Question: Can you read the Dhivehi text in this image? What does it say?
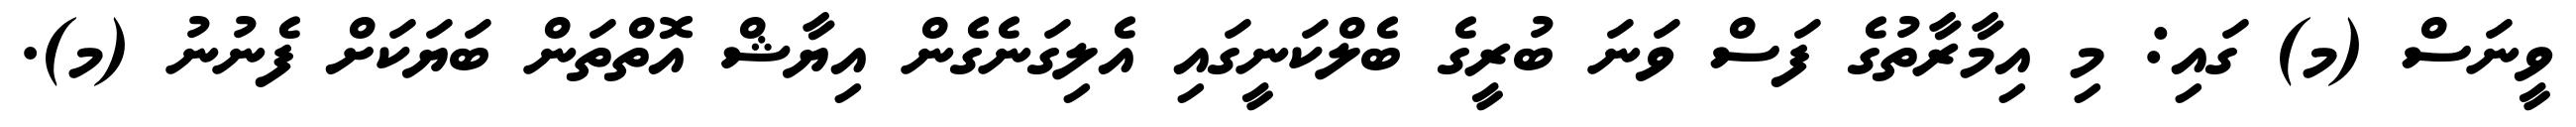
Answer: ވީނަސް (މ) ގައި: މި އިމާރާތުގެ ފަސް ވަނަ ބުރީގެ ބެލްކަނީގައި އެލިގަނެގެން އިޔާޝް އޮތްތަން ބަޔަކަށް ފެނުނު (މ).